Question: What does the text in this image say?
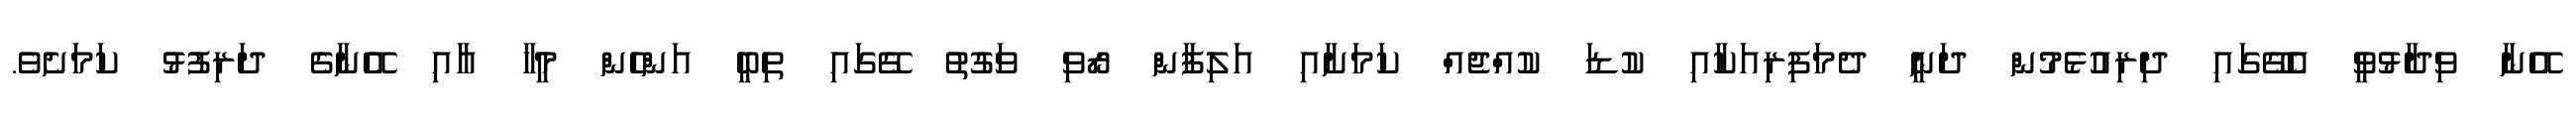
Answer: އޭނާ ވިދާޅުވީ އެގޭގައި ދިރިއުޅެމުން ދަނީ ދެމަފިރިއަކާއި ކުޑަ ކުއްޖެއް ކަމަށާއި އަލިފާން ރޯވި ވަގުތު ގޭގައި ތިބީ އަންހެން މީހާ އާއި އޭނާގެ ދަރިފުޅު ކަމަށެވެ.